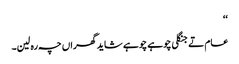
‘‘
عام تے جنگلی چوہے چوہے شاید گھراں چہ رہ لین۔